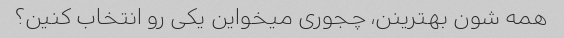
همه شون بهترینن، چجوری میخواین‌ یکی رو انتخاب کنین؟